Plague in India, 1896, 1897 - Volume 2
Year: 1896
Disease focus: Plague
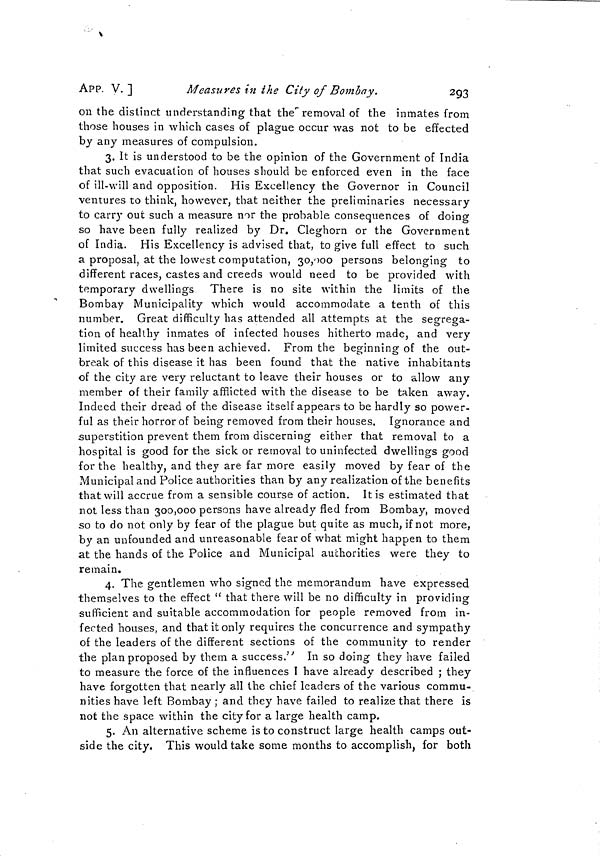
APP. V.]
Measures in the City of Bombay.
293
on the distinct understanding that the" removal of the inmates from
those houses in which cases of plague occur was not to be effected
by any measures of compulsion.
3. It is understood to be the opinion of the Government of India
that such evacuation of houses should be enforced even in the face
of ill-will and opposition. His Excellency the Governor in Council
ventures to think, however, that neither the preliminaries necessary
to carry out such a measure nor the probable consequences of doing
so have been fully realized by Dr. Cleghorn or the Government
of India. His Excellency is advised that, to give full effect to such
a proposal, at the lowest computation, 30,000 persons belonging to
different races, castes and creeds would need to be provided with
temporary dwellings There is no site within the limits of the
Bombay Municipality which would accommodate a tenth of this
number. Great difficulty has attended all attempts at the segrega-
tion of healthy inmates of infected houses hitherto made, and very
limited success has been achieved. From the beginning of the out-
break of this disease it has been found that the native inhabitants
of the city are very reluctant to leave their houses or to allow any
member of their family afflicted with the disease to be taken away.
Indeed their dread of the disease itself appears to be hardly so power-
ful as their horror of being removed from their houses. Ignorance and
superstition prevent them from discerning either that removal to a
hospital is good for the sick or removal to uninfected dwellings good
for the healthy, and they are far more easily moved by fear of the
Municipal and Police authorities than by any realization of the benefits
that will accrue from a sensible course of action. It is estimated that
not less than 300,000 persons have already fled from Bombay, moved
so to do not only by fear of the plague but quite as much, if not more,
by an unfounded and unreasonable fear of what might happen to them
at the hands of the Police and Municipal authorities were they to
remain.
4. The gentlemen who signed the memorandum have expressed
themselves to the effect " that there will be no difficulty in providing
sufficient and suitable accommodation for people removed from in-
fected houses, and that it only requires the concurrence and sympathy
of the leaders of the different sections of the community to render
the plan proposed by them a success." In so doing they have failed
to measure the force of the influences I have already described ; they
have forgotten that nearly all the chief leaders of the various commu-
nities have left Bombay ; and they have failed to realize that there is
not the space within the city for a large health camp,
5. An alternative scheme is to construct large health camps out-
side the city. This would take some months to accomplish, for both